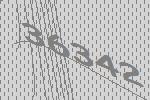
36342